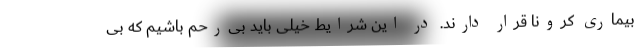
بیماری کرونا قرار دارند. در این شرایط خیلی باید بی‌رحم باشیم که بی